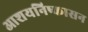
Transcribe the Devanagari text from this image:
आशयनिष्कासन